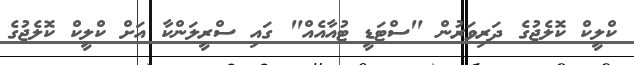
ކްލީކް ކޮލެޖުގެ ދަރިވަރުން "ސްޓަޑީ ޓުއާއެއް" ގައި ސްރީލަންކާ އަށް ކްލީކް ކޮލެޖުގެ